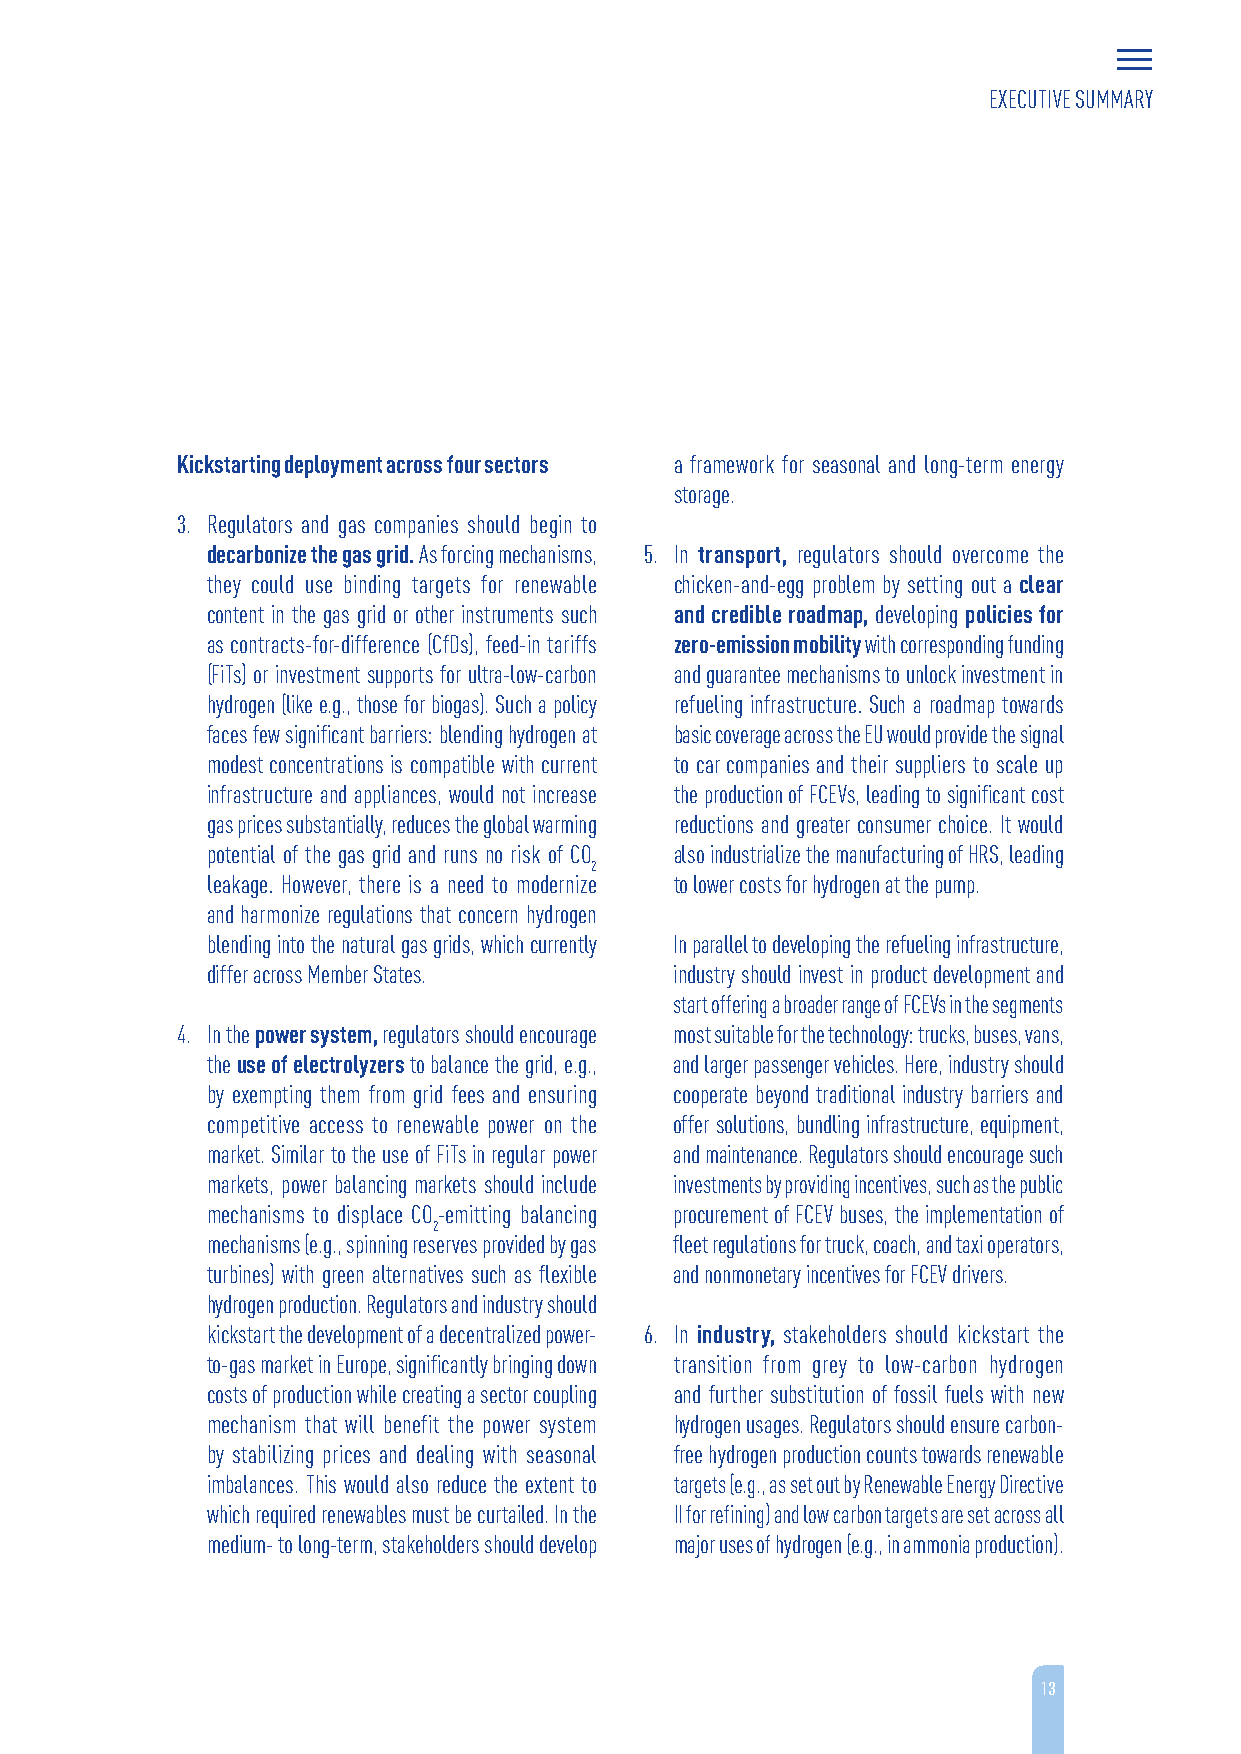
EXECUTIVE SUMMARY
 Kickstarting deployment across four sectors a framework for seasonal and long-term energy
 storage.
 3. Regulators and gas companies should begin to
 decarbonize the gas grid. As forcing mechanisms, 5. In transport, regulators should overcome the
 they could use binding targets for renewable chicken-and-egg problem by setting out a clear
 content in the gas grid or other instruments such and credible roadmap, developing policies for
 as contracts-for-difference (CfDs), feed-in tariffs zero-emission mobility with corresponding funding
 (FiTs) or investment supports for ultra-low-carbon and guarantee mechanisms to unlock investment in
 hydrogen (like e.g., those for biogas). Such a policy refueling infrastructure. Such a roadmap towards
 faces few significant barriers: blending hydrogen at basic coverage across the EU would provide the signal
 modest concentrations is compatible with current to car companies and their suppliers to scale up
 infrastructure and appliances, would not increase the production of FCEVs, leading to significant cost
 gas prices substantially, reduces the global warming reductions and greater consumer choice. It would
 potential of the gas grid and runs no risk of CO also industrialize the manufacturing of HRS, leading
 2
 leakage. However, there is a need to modernize to lower costs for hydrogen at the pump.
 and harmonize regulations that concern hydrogen
 blending into the natural gas grids, which currently In parallel to developing the refueling infrastructure,
 differ across Member States.   industry should invest in product development and
 start offering a broader range of FCEVs in the segments
 4. In the power system, regulators should encourage most suitable for the technology: trucks, buses, vans,
 the use of electrolyzers to balance the grid, e.g., and larger passenger vehicles. Here, industry should
 by exempting them from grid fees and ensuring cooperate beyond traditional industry barriers and
 competitive access to renewable power on the offer solutions, bundling infrastructure, equipment,
 market. Similar to the use of FiTs in regular power and maintenance. Regulators should encourage such
 markets, power balancing markets should include investments by providing incentives, such as the public
 mechanisms to displace CO-emitting balancing procurement of FCEV buses, the implementation of
 2
 mechanisms (e.g., spinning reserves provided by gas fleet regulations for truck, coach, and taxi operators,
 turbines) with green alternatives such as flexible and nonmonetary incentives for FCEV drivers.
 hydrogen production. Regulators and industry should
 kickstart the development of a decentralized power- 6. In industry, stakeholders should kickstart the
 to-gas market in Europe, significantly bringing down transition from grey to low-carbon hydrogen
 costs of production while creating a sector coupling and further substitution of fossil fuels with new
 mechanism that will benefit the power system hydrogen usages. Regulators should ensure carbon-
 by stabilizing prices and dealing with seasonal free hydrogen production counts towards renewable
 imbalances. This would also reduce the extent to targets (e.g., as set out by Renewable Energy Directive
 which required renewables must be curtailed. In the II for refining) and low carbon targets are set across all
 medium- to long-term, stakeholders should develop major uses of hydrogen (e.g., in ammonia production).
 13